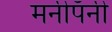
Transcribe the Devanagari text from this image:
मनीपॅनी